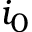
i _ { 0 }